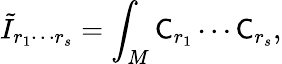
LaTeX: \tilde{I}_{r_{1}\cdots r_{s}}=\int_{M}{\sf C}_{r_{1}}\cdots{\sf C}_{r_{s}},